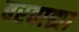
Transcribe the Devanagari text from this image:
बरबाह्या